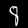
Label: 8